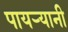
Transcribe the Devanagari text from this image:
पायर्‍यानी